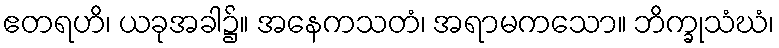
ဧတရဟိ၊ ယခုအခါ၌။ အနေကသတံ၊ အရာမကသော။ ဘိက္ခုသံဃံ၊